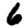
Digit: 6